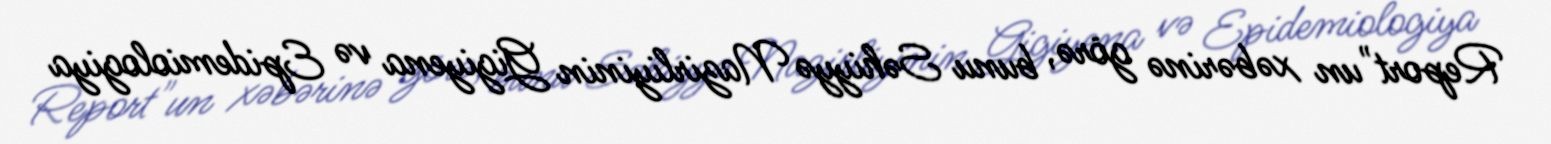
Report"un xəbərinə görə, bunu Səhiyyə Nazirliyinin Gigiyena və Epidemiologiya